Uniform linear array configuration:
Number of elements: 32
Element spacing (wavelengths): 0.5
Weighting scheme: kaiser
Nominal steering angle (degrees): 30
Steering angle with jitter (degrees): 30.952
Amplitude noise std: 0.05
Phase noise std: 0.05

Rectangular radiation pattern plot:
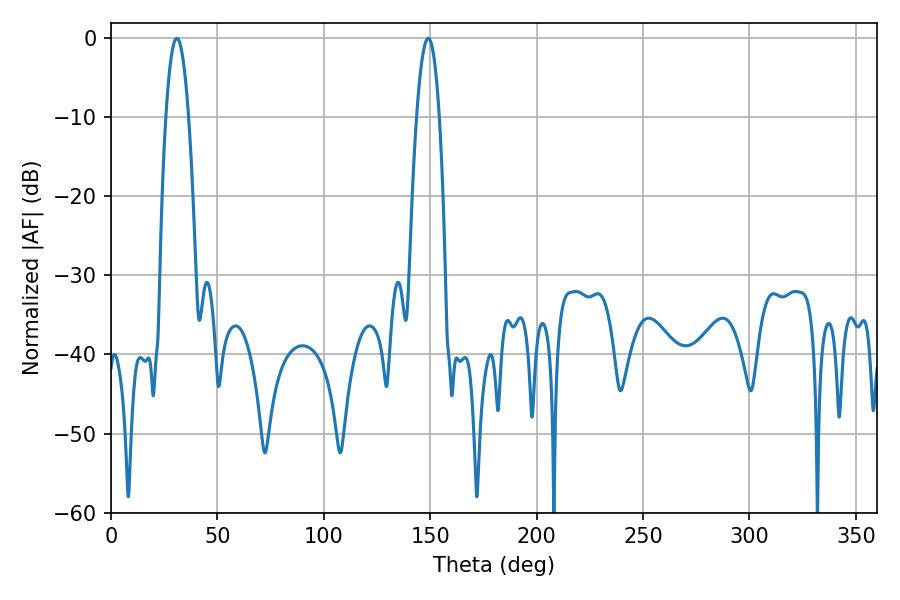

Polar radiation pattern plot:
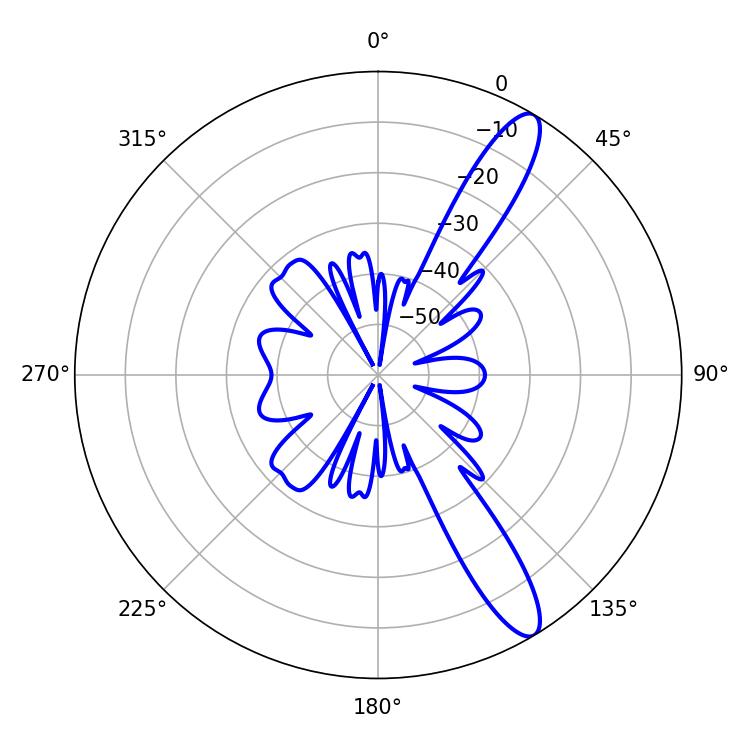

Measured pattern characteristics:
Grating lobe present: FALSE
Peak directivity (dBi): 12.446
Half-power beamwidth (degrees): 5.76
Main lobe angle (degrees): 30.96